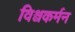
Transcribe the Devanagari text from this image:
विश्वकर्मन